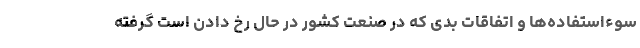
سوءاستفاده‌ها و اتفاقات بدی که در صنعت کشور در حال رخ دادن است گرفته